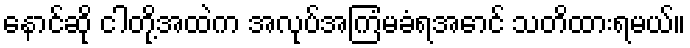
နောင်ဆို ငါတို့အထဲက အလုပ်အကြံမခံရအောင် သတိထားရမယ်။